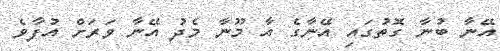
އޭނާ ބުނާ ގޮތުގައި އޭނާގެ އާ މޫނާ މެދު އޭނާ ވަރަށް އުފާވެ